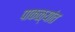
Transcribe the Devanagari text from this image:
पाकळ्यांत